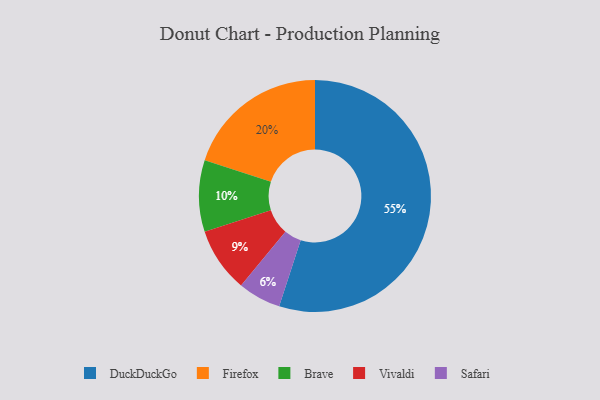
{"axis": {"x": "Category", "y": "Percentage"}, "legend": ["Brave", "DuckDuckGo", "Firefox", "Safari", "Vivaldi"], "data": [{"x": "Brave", "y": 10, "type": "Brave"}, {"x": "Firefox", "y": 20, "type": "Firefox"}, {"x": "Vivaldi", "y": 9, "type": "Vivaldi"}, {"x": "DuckDuckGo", "y": 55, "type": "DuckDuckGo"}, {"x": "Safari", "y": 6, "type": "Safari"}]}